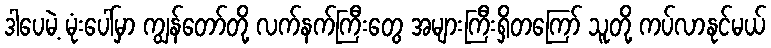
ဒါပေမဲ့ မုံးပေါ်မှာ ကျွန်တော်တို့ လက်နက်ကြီးတွေ အများကြီးရှိတကြော် သူတို့ ကပ်လာနုင်မယ်